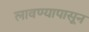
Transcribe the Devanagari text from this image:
लावण्यापासून